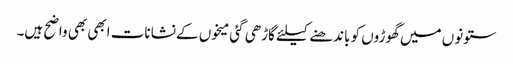
ستونوں میں گھوڑوں کو باندھنے کیلئے گاڑھی گئی میخوں کے نشانات ابھی بھی واضح ہیں۔